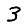
Digit: 3